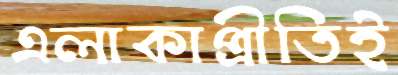
এলাকাপ্রীতিই